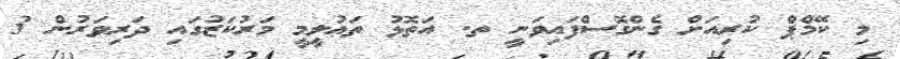
މި ކޭމްޕް ކުރިއަށް ގެންގޮސްފައިވަނީ ތ. އަތޮޅު ތަޢުލީމީ މަރުކަޒުގައި ދަރިވަރުން 3